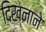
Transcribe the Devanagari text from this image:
दिख्नाने